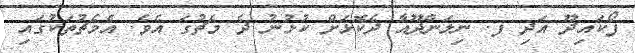
ފޯކައިދޫ އަދި ފ. ނިލަންދޫއާ ދެކޮޅަށް ކުޅުނު ދެ މެޗުގަ އެވެ. އެމެޗުތަކުގައި